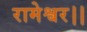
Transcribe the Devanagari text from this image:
रामेश्वर।।